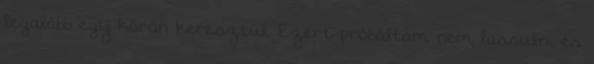
legalább egy körön keresztül. Ezért próbáltam nem lassulni és